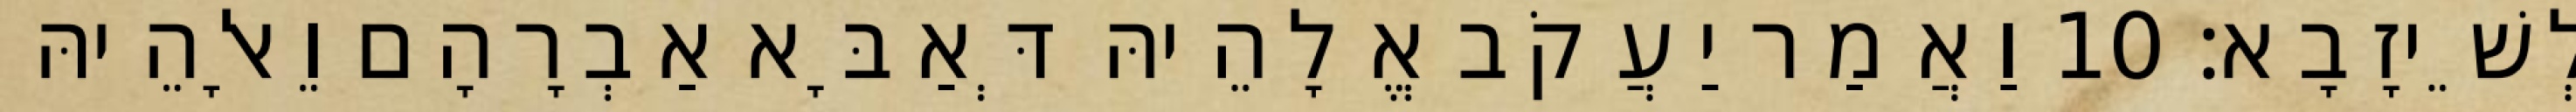
לְשֵׁיזָבָא׃ 10 וַאֲמַר יַעֲקֹב אֱלָהֵיהּ דְּאַבָּא אַבְרָהָם וֵאלָהֵיהּ